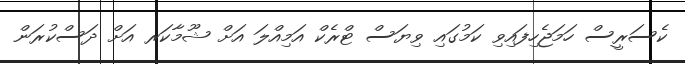
ކެސަރީސް ހަމަޖެހިފައިވި ކަމުގައި ވިޔަސް ޓްރެކް އަމިއްލަ އަށް ޝޫމާކަރ އަށް ދަސްކުރަން